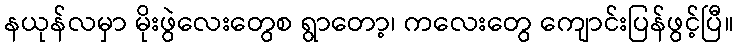
နယုန်လမှာ မိုးဖွဲလေးတွေစ ရွာတော့၊ ကလေးတွေ ကျောင်းပြန်ဖွင့်ပြီ။